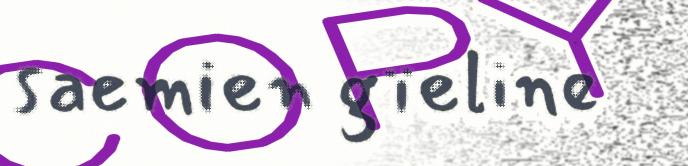
saemien gïeline